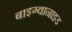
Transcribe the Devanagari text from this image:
बाइग्वानाइड